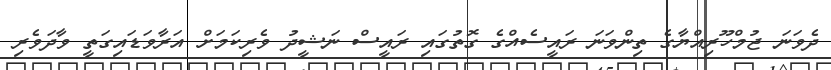
ދެވަނަ ޖުމްހޫރިއްޔާގެ ތިންވަނަ ރައީސެއްގެ ގޮތުގައި ރައީސް ނަޝީދު ވެރިކަމަށް އަރާވަޑައިގަތީ ވާދަވެރި